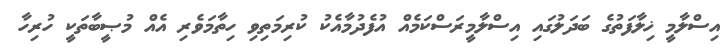
އިސްލާމީ ޚިލާފަތުގެ ބަދަލުގައި އިސްލާމީރަސްކަމެއް އުފެދުމާއެކު ކުރިމަތިވި ހިތާމަވެރި އެއް މުޞީބާތަކީ ހުރިހާ